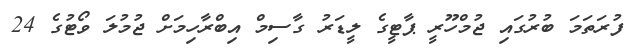
ފުރަތަމަ ބުރުގައި ޖުމްހޫރީ ޕާޓީގެ ލީޑަރު ގާސިމް އިބްރާހިމަށް ޖުމުލަ ވޯޓުގެ 24